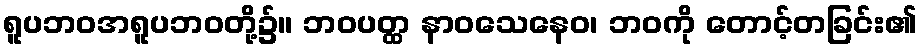
ရူပဘဝအရူပဘဝတို့၌။ ဘဝပတ္ထ နာဝသေနေဝ၊ ဘဝကို တောင့်တခြင်း၏